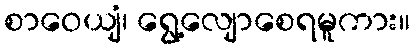
စာဝေယျံ၊ ရွေ့လျောစေရမူကား။